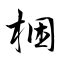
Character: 梱